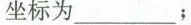
坐标为___；